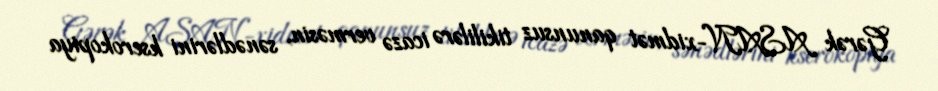
Gərək ASAN-xidmət qanunsuz tikililərə icazə verməsin, sənədlərini kserokopiya